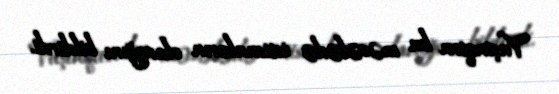
Vaşinqton bu məsələdə istisnaların olacağını bildirdi.